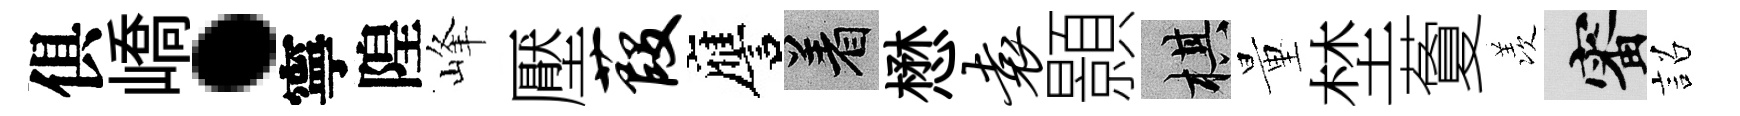
俱嶠·寧隍峰壓葭譍著懋袁顥棋量埜藑羡審詔